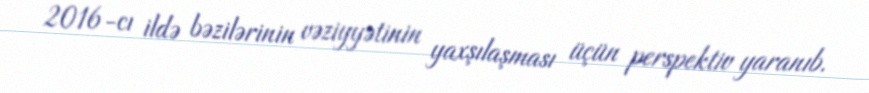
2016-cı ildə bəzilərinin vəziyyətinin yaxşılaşması üçün perspektiv yaranıb.